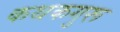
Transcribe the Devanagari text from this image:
कथकगुरू